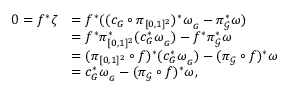
\begin{array} { r l } { 0 = f ^ { * } \zeta } & { = f ^ { * } ( ( c _ { G } \circ \pi _ { [ 0 , 1 ] ^ { 2 } } ) ^ { * } \omega _ { _ { G } } - \pi _ { \mathscr { G } } ^ { * } \omega ) } \\ & { = f ^ { * } \pi _ { [ 0 , 1 ] ^ { 2 } } ^ { * } ( c _ { G } ^ { * } \omega _ { _ { G } } ) - f ^ { * } \pi _ { \mathscr { G } } ^ { * } \omega } \\ & { = ( \pi _ { [ 0 , 1 ] ^ { 2 } } \circ f ) ^ { * } ( c _ { G } ^ { * } \omega _ { _ { G } } ) - ( \pi _ { \mathscr { G } } \circ f ) ^ { * } \omega } \\ & { = c _ { G } ^ { * } \omega _ { _ { G } } - ( \pi _ { \mathscr { G } } \circ f ) ^ { * } \omega , } \end{array}